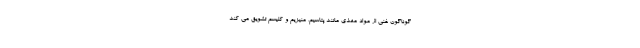
گوناگون غنی از مواد مغذی مانند پتاسیم، منیزیم و کلیسم تشویق می کند